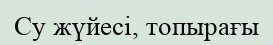
Су жүйесі, топырағы